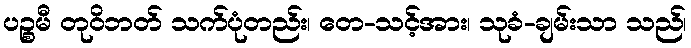
ပဉ္စမီ တုဝိဘတ် သက်ပုံတည်း၊ တေ-သင့်အား၊ သုခံ-ချမ်းသာ သည်၊